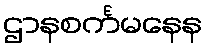
ဌာနစင်္ကမနေန